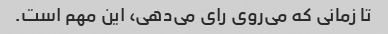
تا زمانی که می‌روی رای می‌دهی، این مهم است.